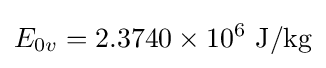
E_{0v}=2.3740\times 10^{6}{\text{ J/kg}}